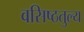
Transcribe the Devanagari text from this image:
वसिष्ठतुल्य